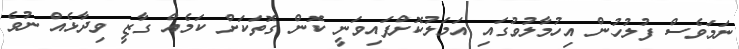
ނަމަވެސް ފުލުހުން އިހުމާލުވުގައި އަމަލުކޮށްފައިވަނީ ކޮން ގޮތަކަށް ކަމެއް ގާޒީ ވިދާޅެއް ނުވެ